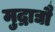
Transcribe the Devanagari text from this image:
मुद्राद्यौ